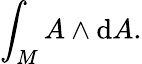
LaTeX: \int_{M}A\wedge\mathrm{d}A.